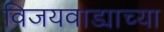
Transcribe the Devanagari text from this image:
विजयवाड्याच्या